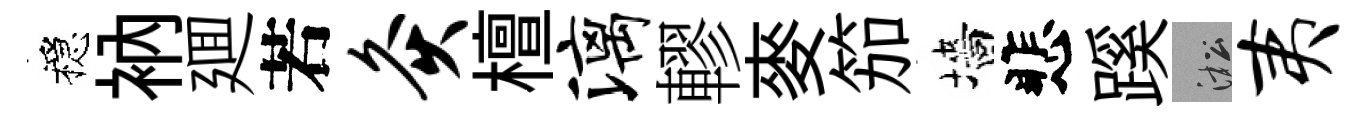
穩衲廽若灸檀漓轇麥笳墻悲蹊淞夷